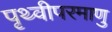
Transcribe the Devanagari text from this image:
पृथ्वीपरमाणु